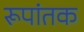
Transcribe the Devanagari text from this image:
रूपांतक